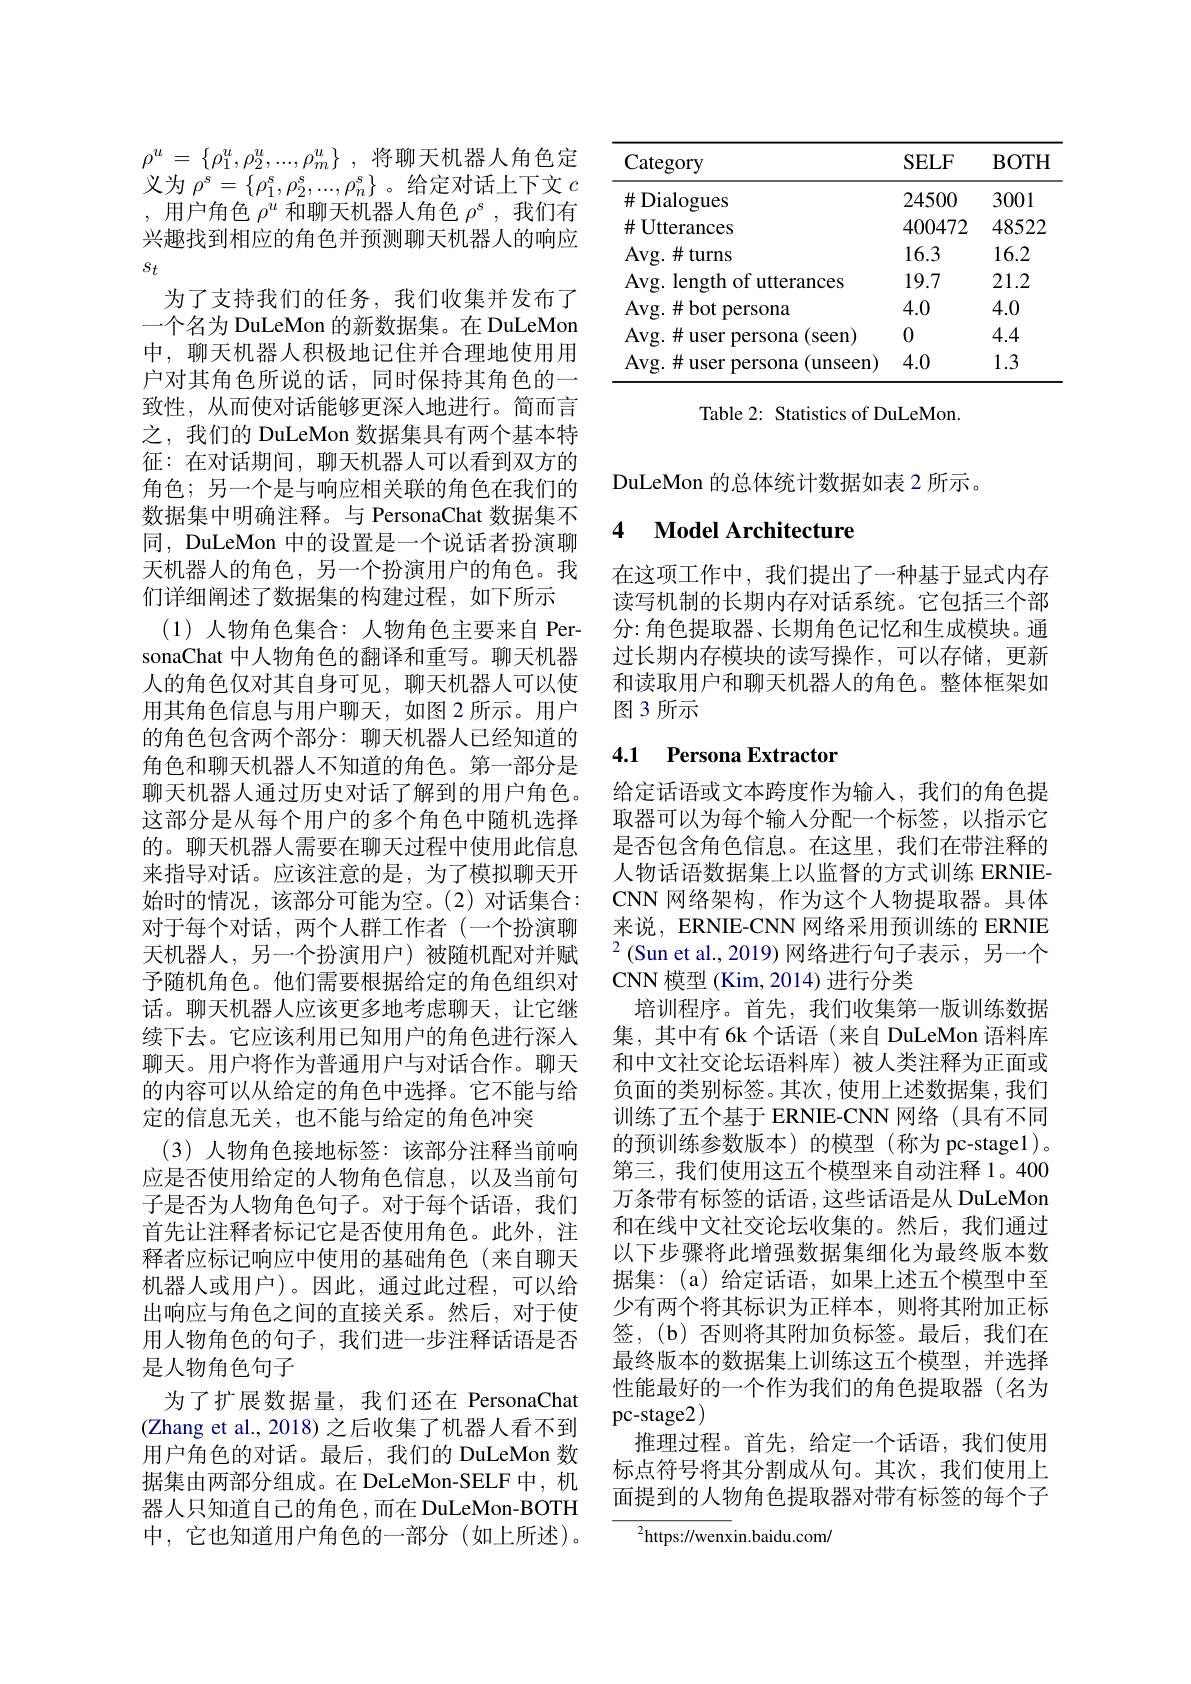
<table>
	<tbody>
		<tr>
			<th>Category</th>
			<th>$SELF$</th>
			<th>$\mathbf{BOTH}$</th>
		</tr>
		<tr>
			<td>$\#$Dialogues</td>
			<td>24500</td>
			<td>3001</td>
		</tr>
		<tr>
			<td>$\#$Utterances</td>
			<td>400472</td>
			<td>48522</td>
		</tr>
		<tr>
			<td>Avg. length of utterances</td>
			<td>19.7</td>
			<td>21.2</td>
		</tr>
		<tr>
			<td>Avg. $\#$bot persona</td>
			<td>4.0</td>
			<td>4.0</td>
		</tr>
		<tr>
			<td>Avg. $\#$user persona (seen</td>
			<td>0</td>
			<td>4.4</td>
		</tr>
		<tr>
			<td>Avg.#user persona(unseen)</td>
			<td>4.0</td>
			<td>1.3</td>
		</tr>
	</tbody>
</table>

Table 2: Statistics of DuLeMon.

$\rho ^u$ = $\{ \rho _1^u, \rho _2^u, . . . , \rho _m^u\}$ , 将聊天机器人角色定义为$\rho^s=\left\{\rho_{1}^{s},\rho_{2}^{s},...,\rho_{n}^{s}\right\}$。给定对话上下文$c$ ,用户角色$\rho^u$和聊天机器人角色$\rho^s$,我们有兴趣找到相应的角色并预测聊天机器人的响应$s_{t}$
为了支持我们的任务，我们收集并发布了一个名为 DuLeMon 的新数据集。在 DuLeMon 中，聊天机器人积极地记住并合理地使用用户对其角色所说的话，同时保持其角色的一致性，从而使对话能够更深入地进行。简而言之，我们的 DuLeMon 数据集具有两个基本特征：在对话期间，聊天机器人可以看到双方的角色；另一个是与响应相关联的角色在我们的数据集中明确注释。与 PersonaChat 数据集不同，DuLeMon 中的设置是一个说话者扮演聊天机器人的角色，另一个扮演用户的角色。我们详细阐述了数据集的构建过程，如下所示
(1)人物角色集合：人物角色主要来自 PersonaChat 中人物角色的翻译和重写。聊天机器人的角色仅对其自身可见，聊天机器人可以使用其角色信息与用户聊天，如图 2 所示。用户的角色包含两个部分：聊天机器人已经知道的角色和聊天机器人不知道的角色。第一部分是聊天机器人通过历史对话了解到的用户角色。这部分是从每个用户的多个角色中随机选择的。聊天机器人需要在聊天过程中使用此信息来指导对话。应该注意的是，为了模拟聊天开始时的情况，该部分可能为空。(2)对话集合： 对于每个对话，两个人群工作者(一个扮演聊天机器人，另一个扮演用户)被随机配对并赋予随机角色。他们需要根据给定的角色组织对话。聊天机器人应该更多地考虑聊天，让它继续下去。它应该利用已知用户的角色进行深入聊天。用户将作为普通用户与对话合作。聊天的内容可以从给定的角色中选择。它不能与给定的信息无关，也不能与给定的角色冲突
(3)人物角色接地标签：该部分注释当前响应是否使用给定的人物角色信息，以及当前句子是否为人物角色句子。对于每个话语，我们首先让注释者标记它是否使用角色。此外，注释者应标记响应中使用的基础角色(来自聊天机器人或用户)。因此，通过此过程，可以给出响应与角色之间的直接关系。然后，对于使用人物角色的句子，我们进一步注释话语是否是人物角色句子
为了扩展数据量，我们还在 PersonaChat (Zhang et al., 2018) 之后收集了机器人看不到用户角色的对话。最后，我们的 DuLeMon 数据集由两部分组成。在 DeLeMon-SELF 中，机器人只知道自己的角色，而在 DuLeMon-BOTH 中，它也知道用户角色的一部分(如上所述)。

DuLeMon 的总体统计数据如表 2 所示。

# 4 Model Architecture

在这项工作中，我们提出了一种基于显式内存读写机制的长期内存对话系统。它包括三个部分：角色提取器、长期角色记忆和生成模块。通过长期内存模块的读写操作，可以存储，更新和读取用户和聊天机器人的角色。整体框架如图3所示

# 4.1 Persona Extractor

给定话语或文本跨度作为输入，我们的角色提取器可以为每个输人分配一个标签，以指示它是否包含角色信息。在这里，我们在带注释的人物话语数据集上以监督的方式训练 ERNIECNN 网络架构，作为这个人物提取器。具体来说，ERNIE-CNN 网络采用预训练的 ERNIE $^{2}($Sun et al.,2019)网络进行句子表示，另一个CNN 模 型 ( Kim, 2014) 进 行 分 类
培训程序。首先，我们收集第一版训练数据集，其中有 6k 个话语 (来自 DuLeMon 语料库和中文社交论坛语料库)被人类注释为正面或负面的类别标签。其次，使用上述数据集，我们训练了五个基于 ERNIE-CNN 网络(具有不同的预训练参数版本)的模型(称为 pc-stage1)。第三，我们使用这五个模型来自动注释1。400万条带有标签的话语，这些话语是从 DuLeMon 和在线中文社交论坛收集的。然后，我们通过以下步骤将此增强数据集细化为最终版本数据集：(a)给定话语，如果上述五个模型中至少有两个将其标识为正样本，则将其附加正标签，(b) 否则将其附加负标签。最后，我们在最终版本的数据集上训练这五个模型，并选择性能最好的一个作为我们的角色提取器(名为pc-stage2 )
推理过程。首先，给定一个话语，我们使用标点符号将其分割成从句。其次，我们使用上面提到的人物角色提取器对带有标签的每个子
${^{2}\mathrm{https:}//\mathrm{wenx}}$in.baidu.com/